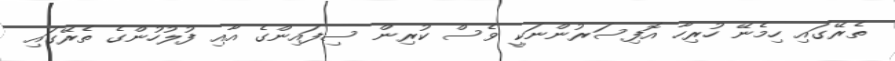
ތެރޭގައި ހިމެނޭ ހުރިހާ އޮފިސަރުންނަކީ ވެސް ކުރިން ސިފައިންގެ އާއި ފުލުހުންގެ ތެރޭގައި